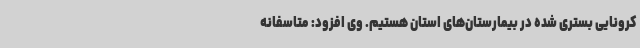
کرونایی بستری شده در بیمارستان‌های استان هستیم. وی افزود: متاسفانه